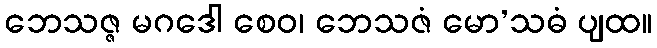
ဘေသဇ္ဇ မဂဒေါ စေဝ၊ ဘေသဇံ မော’သဓံ ပျထ။